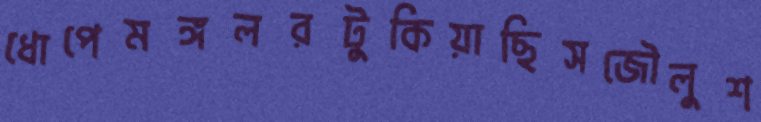
ধোপেমঙ্গলরটুকিয়াছিসজৌলুশ